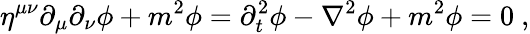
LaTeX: \eta^{\mu\nu}\partial_{\mu}\partial_{\nu}\phi+m^{2}\phi=\partial_{t}^{2}\phi-\nabla^{2}\phi+m^{2}\phi=0~,